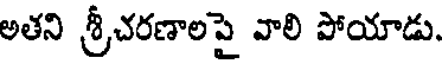
అతని శ్రీచరణాలపై వాలి పోయాడు.